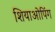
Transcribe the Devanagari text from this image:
शियाओपिंग